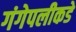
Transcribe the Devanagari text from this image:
गंगेपलीकडे